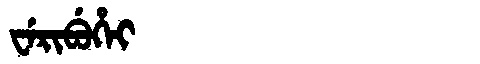
Manchu: ᠸᡝᡵᡳᠪᡠᡥᡝᡳ
Romanization: WERIBUHEI